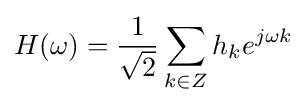
H(\omega )={\frac {1}{\sqrt {2}}}\sum _{k\in Z}h_{k}e^{j\omega k}